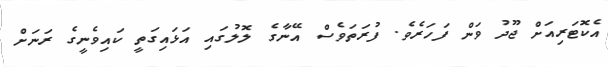
އެކޮޓަރިއަށް ޖޫދު ވަން ފަހަރެވެ. ފުރަތަވެސް އޭނާގެ ލޮލުގައި އަޅައިގަތީ ކައިވެނީގެ ރަނަށް